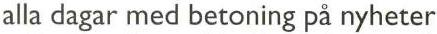
alla dagar med betoning på nyheter